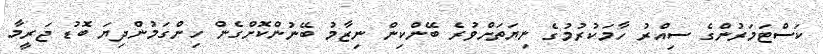
ކަސްޓަމަރުންގެ ސިއްރު ހާމަކުރުމުގެ ނިޔަތަށްވުރެ ބޭންކިން ނިޒާމު ބޭނުންކޮށްގެން ހިންގަމުންދިޔަ ބޮޑު ޖަރީމާ